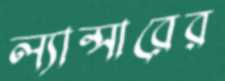
ল্যান্সারের